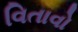
વિતાવો